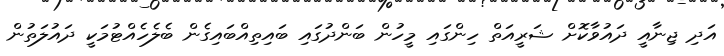
އަދި ޖިނާއީ ދައުވާކޮށް ޝަރީއަތް ހިންގައި މީހުން ބަންދުގައި ބައިތިއްބައިގެން ބެލެހެއްޓުމަކީ ދައުލަތުން